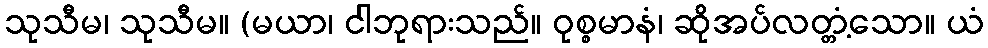
သုသီမ၊ သုသီမ။ (မယာ၊ ငါဘုရားသည်။ ဝုစ္စမာနံ၊ ဆိုအပ်လတ္တံ့သော။ ယံ